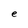
Character: e